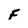
Character: F